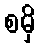
စမှိ